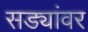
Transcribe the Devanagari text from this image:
सड्यांवर